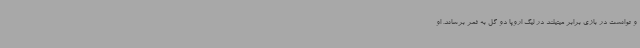
و توانست در بازی برابر میتیلند در لیگ اروپا دو گل به ثمر برساند. او